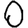
Digit: 0